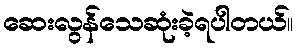
ဆေးလွန်သေဆုံးခဲ့ရပါတယ်။